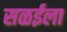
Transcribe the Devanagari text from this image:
सळईला